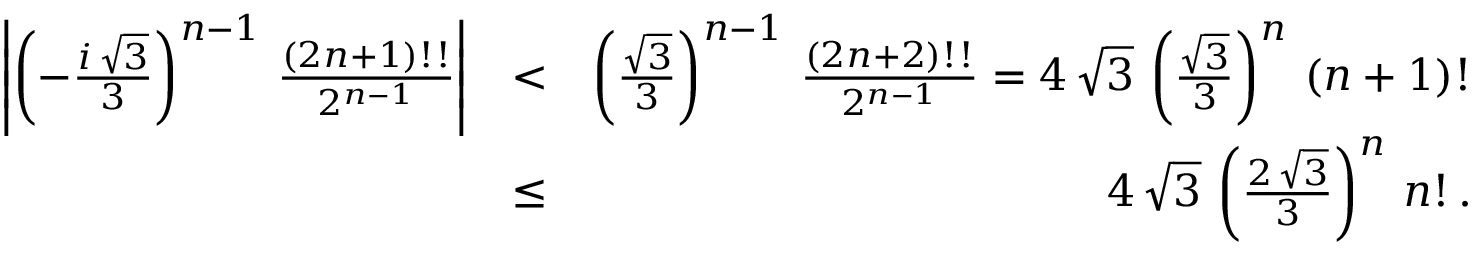
\begin{array} { r l r } { \left| \left( - \frac { i \, \sqrt { 3 } } { 3 } \right) ^ { n - 1 } \, \frac { ( 2 n + 1 ) ! ! } { 2 ^ { n - 1 } } \right| } & { < } & { \left( \frac { \sqrt { 3 } } { 3 } \right) ^ { n - 1 } \, \frac { ( 2 n + 2 ) ! ! } { 2 ^ { n - 1 } } = 4 \, \sqrt { 3 } \, \left( \frac { \sqrt { 3 } } { 3 } \right) ^ { n } \, ( n + 1 ) ! } \\ & { \leq } & { 4 \, \sqrt { 3 } \, \left( \frac { 2 \, \sqrt { 3 } } { 3 } \right) ^ { n } \, n ! \, . } \end{array}